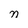
Character: n